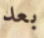
بعد